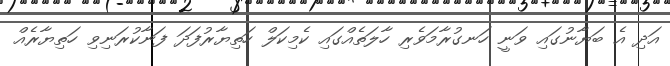
އަދި އެ ބަޔާނުގައި ވަނީ ހަނގުރާމަވެރި ހާލަތެއްގައި ކެމިކަލް ހަތިޔާރުފަދަ ފަނާކުރަނިވި ހަތިޔާރެއް